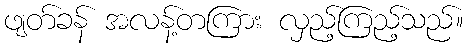
ဖျတ်ခန် အလန့်တကြား လှည့်ကြည့်သည်။